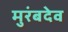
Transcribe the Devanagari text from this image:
मुरंबदेव